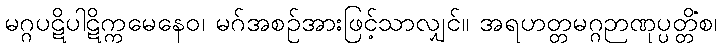
မဂ္ဂပဋိပါဋိက္ကမေနေဝ၊ မဂ်အစဉ်အားဖြင့်သာလျှင်။ အရဟတ္တမဂ္ဂဉာဏုပ္ပတ္တိံစ၊